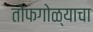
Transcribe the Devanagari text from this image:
तोफगोळ्याचा